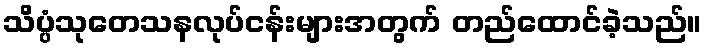
သိပ္ပံသုတေသနလုပ်ငန်းများအတွက် တည်ထောင်ခဲ့သည်။